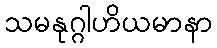
သမနုဂ္ဂါဟိယမာနာ